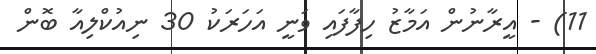
11) - އީރާނުން އަމާޒު ހިފާފައި ވަނީ އަހަރަކު 30 ނިއުކްލިއާ ބޮން